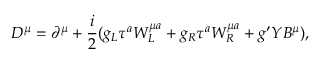
D ^ { \mu } = \partial ^ { \mu } + \frac { i } { 2 } ( g _ { L } \tau ^ { a } W _ { L } ^ { \mu a } + g _ { R } \tau ^ { a } W _ { R } ^ { \mu a } + g ^ { \prime } Y B ^ { \mu } ) ,